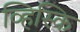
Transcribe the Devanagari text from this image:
व्हिस्कि